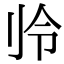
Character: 𫥻